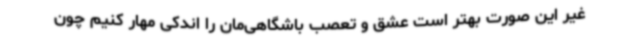
غیر این‌ صورت بهتر است عشق و تعصب باشگاهی‌مان را اندکی مهار کنیم چون